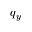
q _ { y }